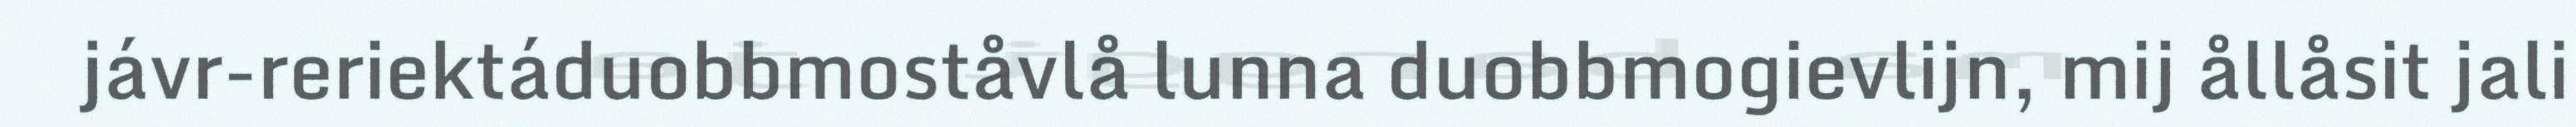
jávr-reriektáduobbmoståvlå lunna duobbmogievlijn, mij ållåsit jali